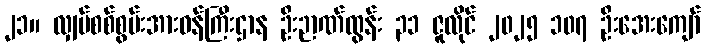
၂၁။ လျှပ်စစ်စွမ်းအားဝန်ကြီးဌာန ဦးဉာဏ်ထွန်း ၃၁ ဇူလိုင် ၂၀၂၅ ၁၀၇ ဦးအေးကျော်